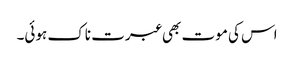
اس کی موت بھی عبرت ناک ہوئی۔